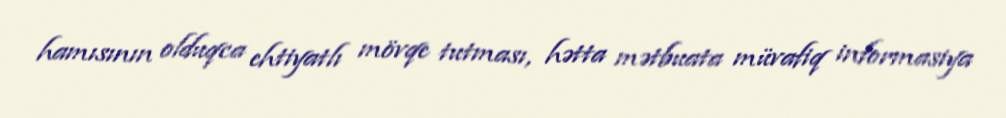
hamısının olduqca ehtiyatlı mövqe tutması, hətta mətbuata müvafiq informasiya